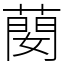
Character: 蔅